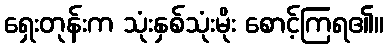
ရှေးတုန်းက သုံးနှစ်သုံးမိုး စောင့်ကြရ၏။